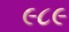
૯૮૯